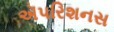
ઍપરિશનસ